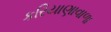
કરિયાણાવાળા